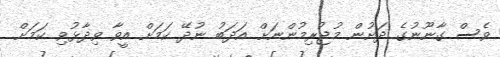
ވެސް ގާނޫނުގެ ދަށުން މުޖުރިމުންނަށް އަދަބު ނުދޭ ކަމަށް އީވާ ވިދާޅުވި ކަމަށް